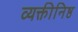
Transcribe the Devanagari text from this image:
व्यक्तीनिष्ठ